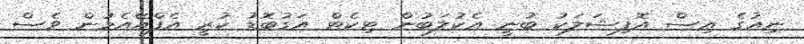
ނިއުގެ އިސް އޮފިޝަލަކު ބުނީ އެކުލަބުން ޓިކެޓް އަގުބޮޑު ކުރީ އެފްއޭއެމުން ވެސް